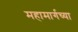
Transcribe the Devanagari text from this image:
महामार्गच्या